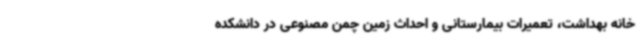
خانه بهداشت، تعمیرات بیمارستانی و احداث زمین چمن مصنوعی در دانشکده